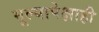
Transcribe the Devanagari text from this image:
मूल्यापेक्षाही